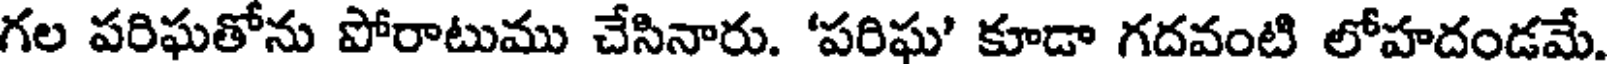
గల పరిఘతోను పోరాటుము చేసినారు. 'పరిఘ' కూడా గదవంటి లోహదండమే.